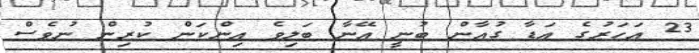
23 އަހަރުގެ އަޑާ ގުއާން ބުނީ އޭނާ ބަލިވެ އިންކަން ކުރިން ނުވެސް